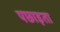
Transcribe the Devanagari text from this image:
पछाड़ता